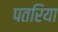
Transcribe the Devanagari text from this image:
पतरिया